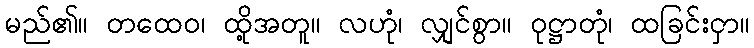
မည်၏။ တထေဝ၊ ထို့အတူ။ လဟုံ၊ လျှင်စွာ။ ဝုဋ္ဌာတုံ၊ ထခြင်းငှာ။